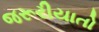
જરૂરીયાતો